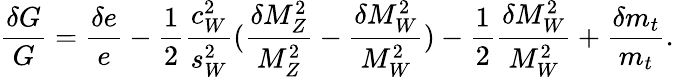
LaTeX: {\frac{\delta G}{G}}={\frac{\delta e}{e}}-{\frac{1}{2}}{\frac{c_{W}^{2}}{s_{W}^{2}}}({\frac{\delta M_{Z}^{2}}{M_{Z}^{2}}}-{\frac{\delta M_{W}^{2}}{M_{W}^{2}}})-{\frac{1}{2}}{\frac{\delta M_{W}^{2}}{M_{W}^{2}}}+{\frac{\delta m_{t}}{m_{t}}}.